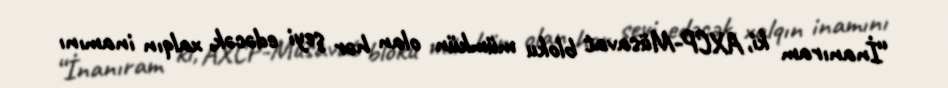
“İnanıram ki, AXCP-Müsavat bloku mümkün olan hər şeyi edəcək, xalqın inamını